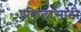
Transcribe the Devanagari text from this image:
वकिलांसाठी